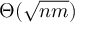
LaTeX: \Theta ( { \sqrt { n m } } )